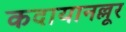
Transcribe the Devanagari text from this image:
कदायानल्लूर